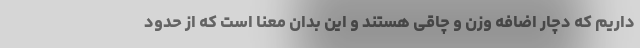
داریم که دچار اضافه وزن و چاقی هستند و این بدان معنا است که از حدود